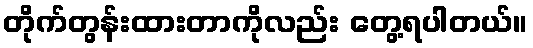
တိုက်တွန်းထားတာကိုလည်း တွေ့ရပါတယ်။